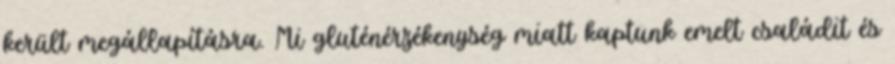
került megállapításra. Mi gluténérzékenység miatt kaptunk emelt családit és